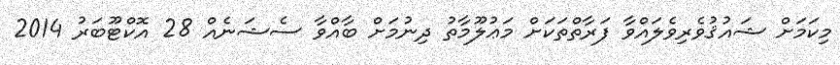
މިކަމަށް ޝައުޤުވެރިވެލައްވާ ފަރާތްތަކަށް މަޢުލޫމާތު ދިނުމަށް ބާއްވާ ސެޝަނެއް 28 އޮކްޓޫބަރު 2014